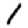
Digit: 1